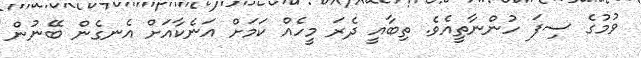
ވުމުގެ ސިފަ ހުންނާތީއެވެ. ތިބާއީ ދެރަ މީހެއް ކަމަށް އަނެކާއަށް އެނގެން ބޭނުން